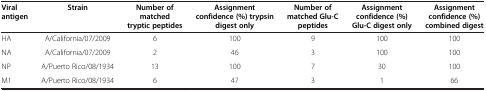
<table><thead><tr><td><b>Viral antigen</b></td><td><b>Strain</b></td><td><b>Number of matched tryptic peptides</b></td><td><b>Assignment confidence (%) trypsin digest only</b></td><td><b>Number of matched Glu-C peptides</b></td><td><b>Assignment confidence (%) Glu-C digest only</b></td><td><b>Assignment confidence (%) combined digest</b></td></tr></thead><tbody><tr><td>HA</td><td>A/California/07/2009</td><td>6</td><td>100</td><td>9</td><td>100</td><td>100</td></tr><tr><td>NA</td><td>A/California/07/2009</td><td>2</td><td>46</td><td>3</td><td>100</td><td>100</td></tr><tr><td>NP</td><td>A/Puerto Rico/08/1934</td><td>13</td><td>100</td><td>7</td><td>30</td><td>100</td></tr><tr><td>M1</td><td>A/Puerto Rico/08/1934</td><td>6</td><td>47</td><td>3</td><td>1</td><td>66</td></tr></tbody></table>